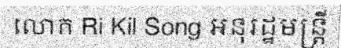
លោក Ri Kil Song អនុរដ្ឋមន្ត្រី